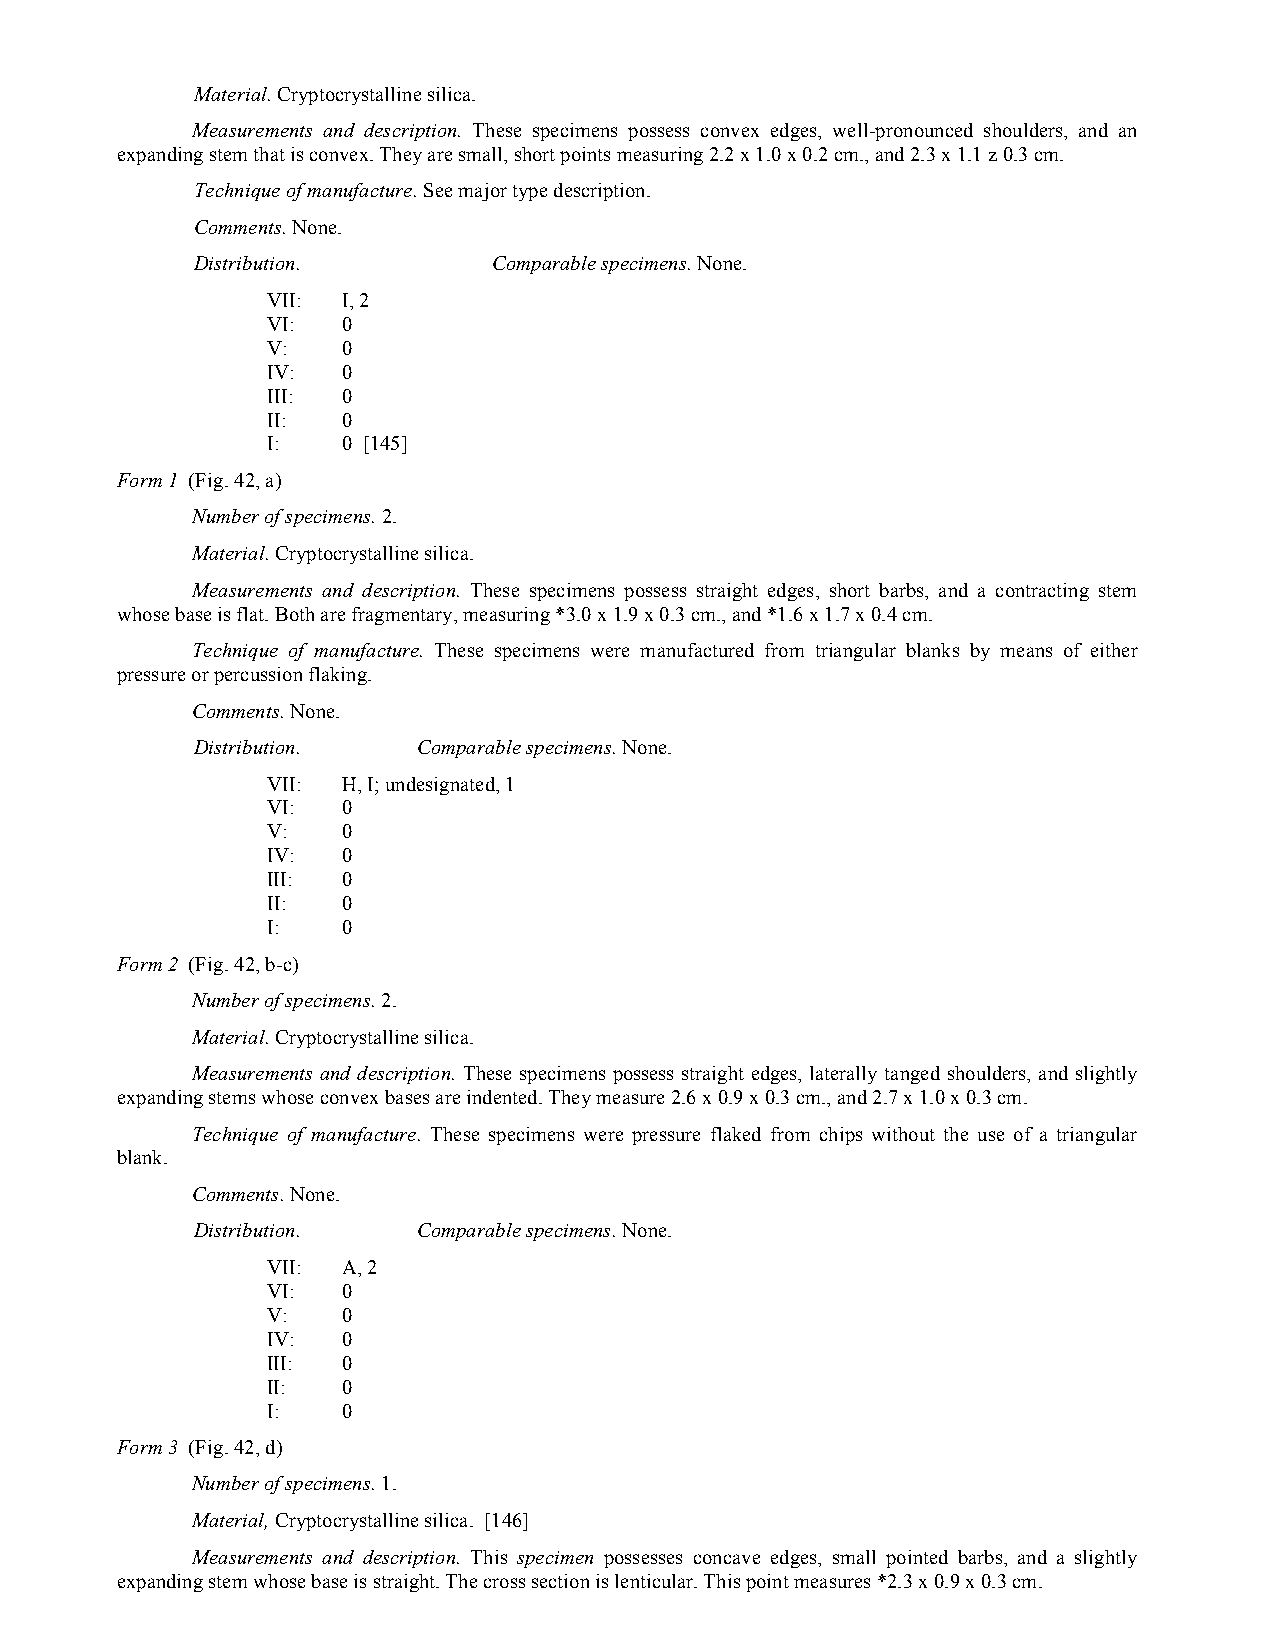
Material. Cryptocrystalline silica.
 Measurements and description. These specimens possess convex edges, well-pronounced shoulders, and an
 expanding stem that is convex. They are small, short points measuring 2.2 x 1.0 x 0.2 cm., and 2.3 x 1.1 z 0.3 cm.
 Technique of manufacture. See major type description.
 Comments. None.
 Distribution.       Comparable specimens. None.
 VII: I, 2
 VI:  0
 V:   0
 IV:  0
 III: 0
 II:  0
 I:   0 [145]
 Form 1 (Fig. 42, a)
 Number of specimens. 2.
 Material. Cryptocrystalline silica.
 Measurements and description. These specimens possess straight edges, short barbs, and a contracting stem
 whose base is flat. Both are fragmentary, measuring *3.0 x 1.9 x 0.3 cm., and *1.6 x 1.7 x 0.4 cm.
 Technique of manufacture. These specimens were manufactured from triangular blanks by means of either
 pressure or percussion flaking.
 Comments. None.
 Distribution.  Comparable specimens. None.
 VII: H, I; undesignated, 1
 VI:  0
 V:   0
 IV:  0
 III: 0
 II:  0
 I:   0
 Form 2 (Fig. 42, b-c)
 Number of specimens. 2.
 Material. Cryptocrystalline silica.
 Measurements and description. These specimens possess straight edges, laterally tanged shoulders, and slightly
 expanding stems whose convex bases are indented. They measure 2.6 x 0.9 x 0.3 cm., and 2.7 x 1.0 x 0.3 cm.
 Technique of manufacture. These specimens were pressure flaked from chips without the use of a triangular
 blank.
 Comments. None.
 Distribution.  Comparable specimens. None.
 VII: A, 2
 VI:  0
 V:   0
 IV:  0
 III: 0
 II:  0
 I:   0
 Form 3 (Fig. 42, d)
 Number of specimens. 1.
 Material, Cryptocrystalline silica. [146]
 Measurements and description. This specimen possesses concave edges, small pointed barbs, and a slightly
 expanding stem whose base is straight. The cross section is lenticular. This point measures *2.3 x 0.9 x 0.3 cm.